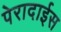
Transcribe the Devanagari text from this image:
पेरादाईस